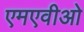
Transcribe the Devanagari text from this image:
एमएवीओ